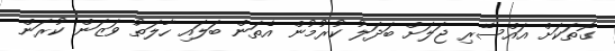
ގޮތަކަށް އައްސޭރި ޖަލަށް ބަދަލު ކުރުމުން އެތަން ބަލައި ހާލަތު ވަޒަން ކުރަން